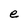
Character: e